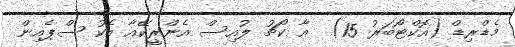
މެޑްރިޑް (އޮކްޓޯބަރު 15)  އާ ކޯޗު ލުއިސް އެންރީކޭއާ އެކު ސްޕެއިން